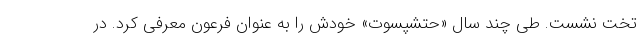
تخت نشست. طی چند سال «حتشپسوت» خودش را به عنوان فرعون معرفی کرد. در